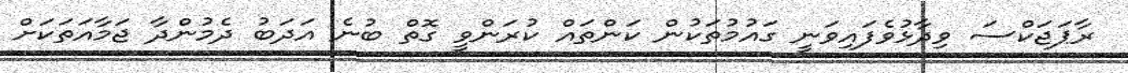
ރާޕަޖަކްސަ ވިދާޅުވެފައިވަނީ ގައުމުތަކުން ކަންތައް ކުރަންވީ ގޮތް ބުނެ އަދަބު ދެމުންދާ ޖަމާއަތަކަށް